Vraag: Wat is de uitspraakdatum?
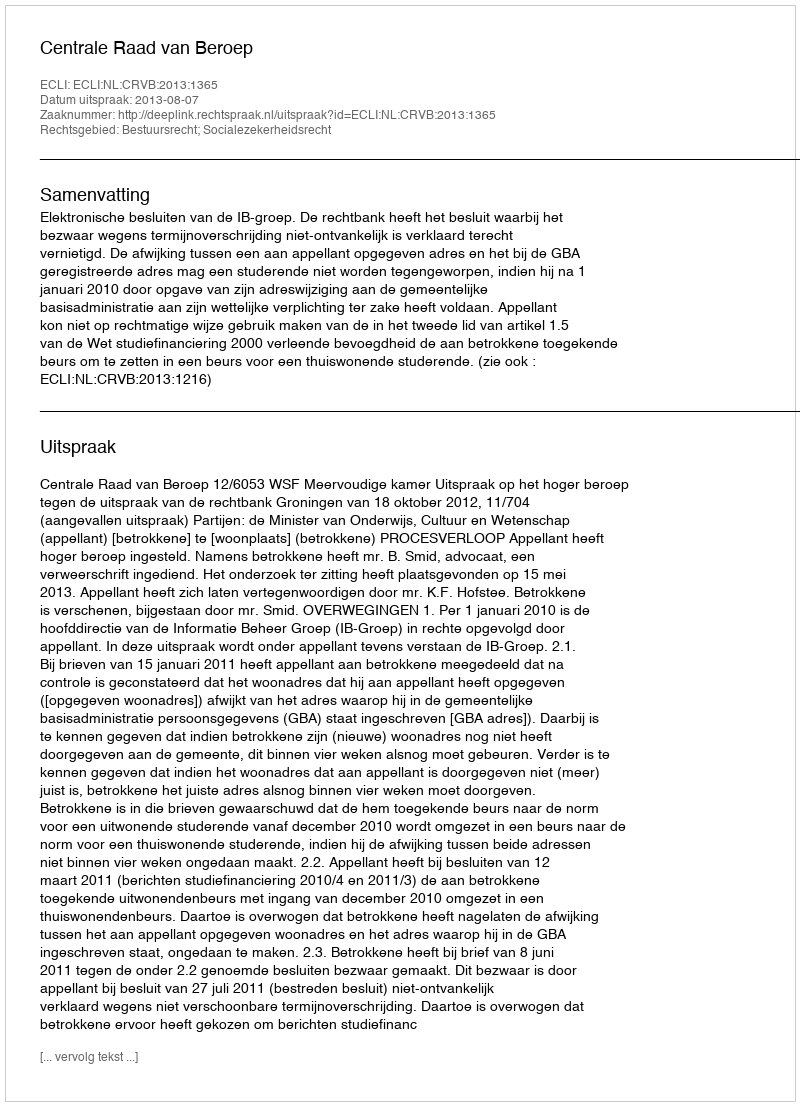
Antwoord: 2013-08-07